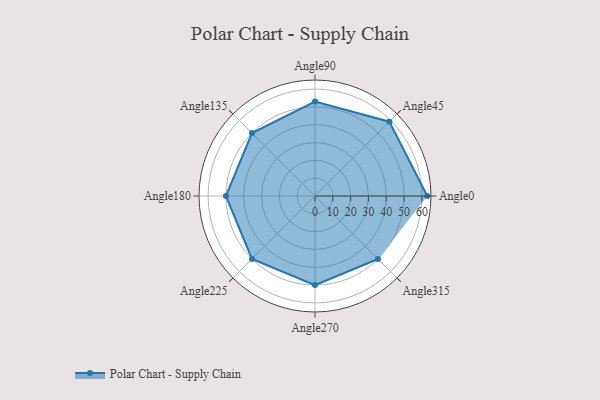
{"axis": {"x": "Angle", "y": "Radius"}, "legend": [""], "data": [{"x": "Angle0", "y": 63.0, "type": ""}, {"x": "Angle45", "y": 59.0, "type": ""}, {"x": "Angle90", "y": 53.0, "type": ""}, {"x": "Angle135", "y": 50, "type": ""}, {"x": "Angle180", "y": 50, "type": ""}, {"x": "Angle225", "y": 50, "type": ""}, {"x": "Angle270", "y": 50, "type": ""}, {"x": "Angle315", "y": 50, "type": ""}]}